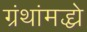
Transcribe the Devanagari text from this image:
ग्रंथांमद्ध्ये